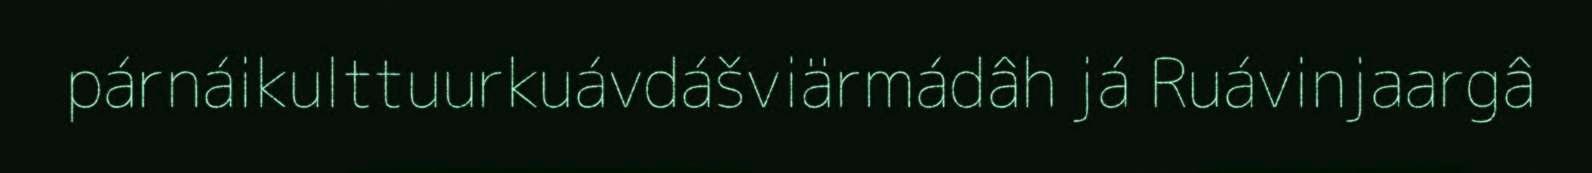
párnáikulttuurkuávdášviärmádâh já Ruávinjaargâ